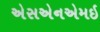
એસએનએમઇ